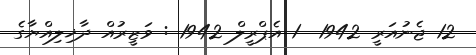
12 ޖެނުއަރީ 1942  1 އެޕްރީލް 1942 : ވަޒީރުއް ދާޚިލިއްޔާގެ